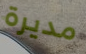
مديرة